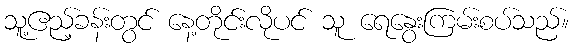
သူ့ဧည့်ခန်းတွင် နေ့တိုင်းလိုပင် သူ ရေနွေးကြမ်းစပ်သည်။